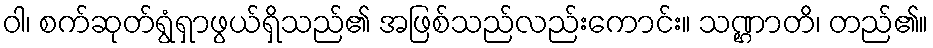
ဝါ၊ စက်ဆုတ်ရွံရှာဖွယ်ရှိသည်၏ အဖြစ်သည်လည်းကောင်း။ သဏ္ဌာတိ၊ တည်၏။